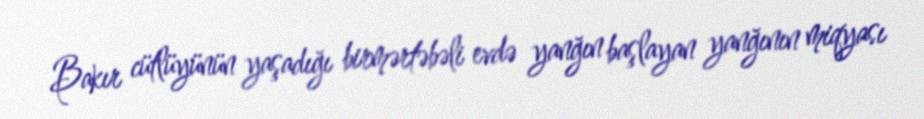
Bakır cütlüyünün yaşadığı birmərtəbəli evdə yanğın başlayan yanğının miqyası